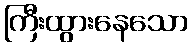
ကြီးထွားနေသော